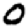
Digit: 0